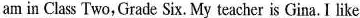
am in Class Two, Grade Six. My teacher is Gina. I like